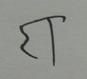
Signature authenticity: forged